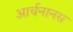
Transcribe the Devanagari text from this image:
आर्चनानस